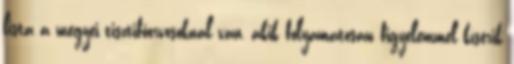
lista a megyei tisztifőorvosoknál van, akik folyamatosan figyelemmel kísérik